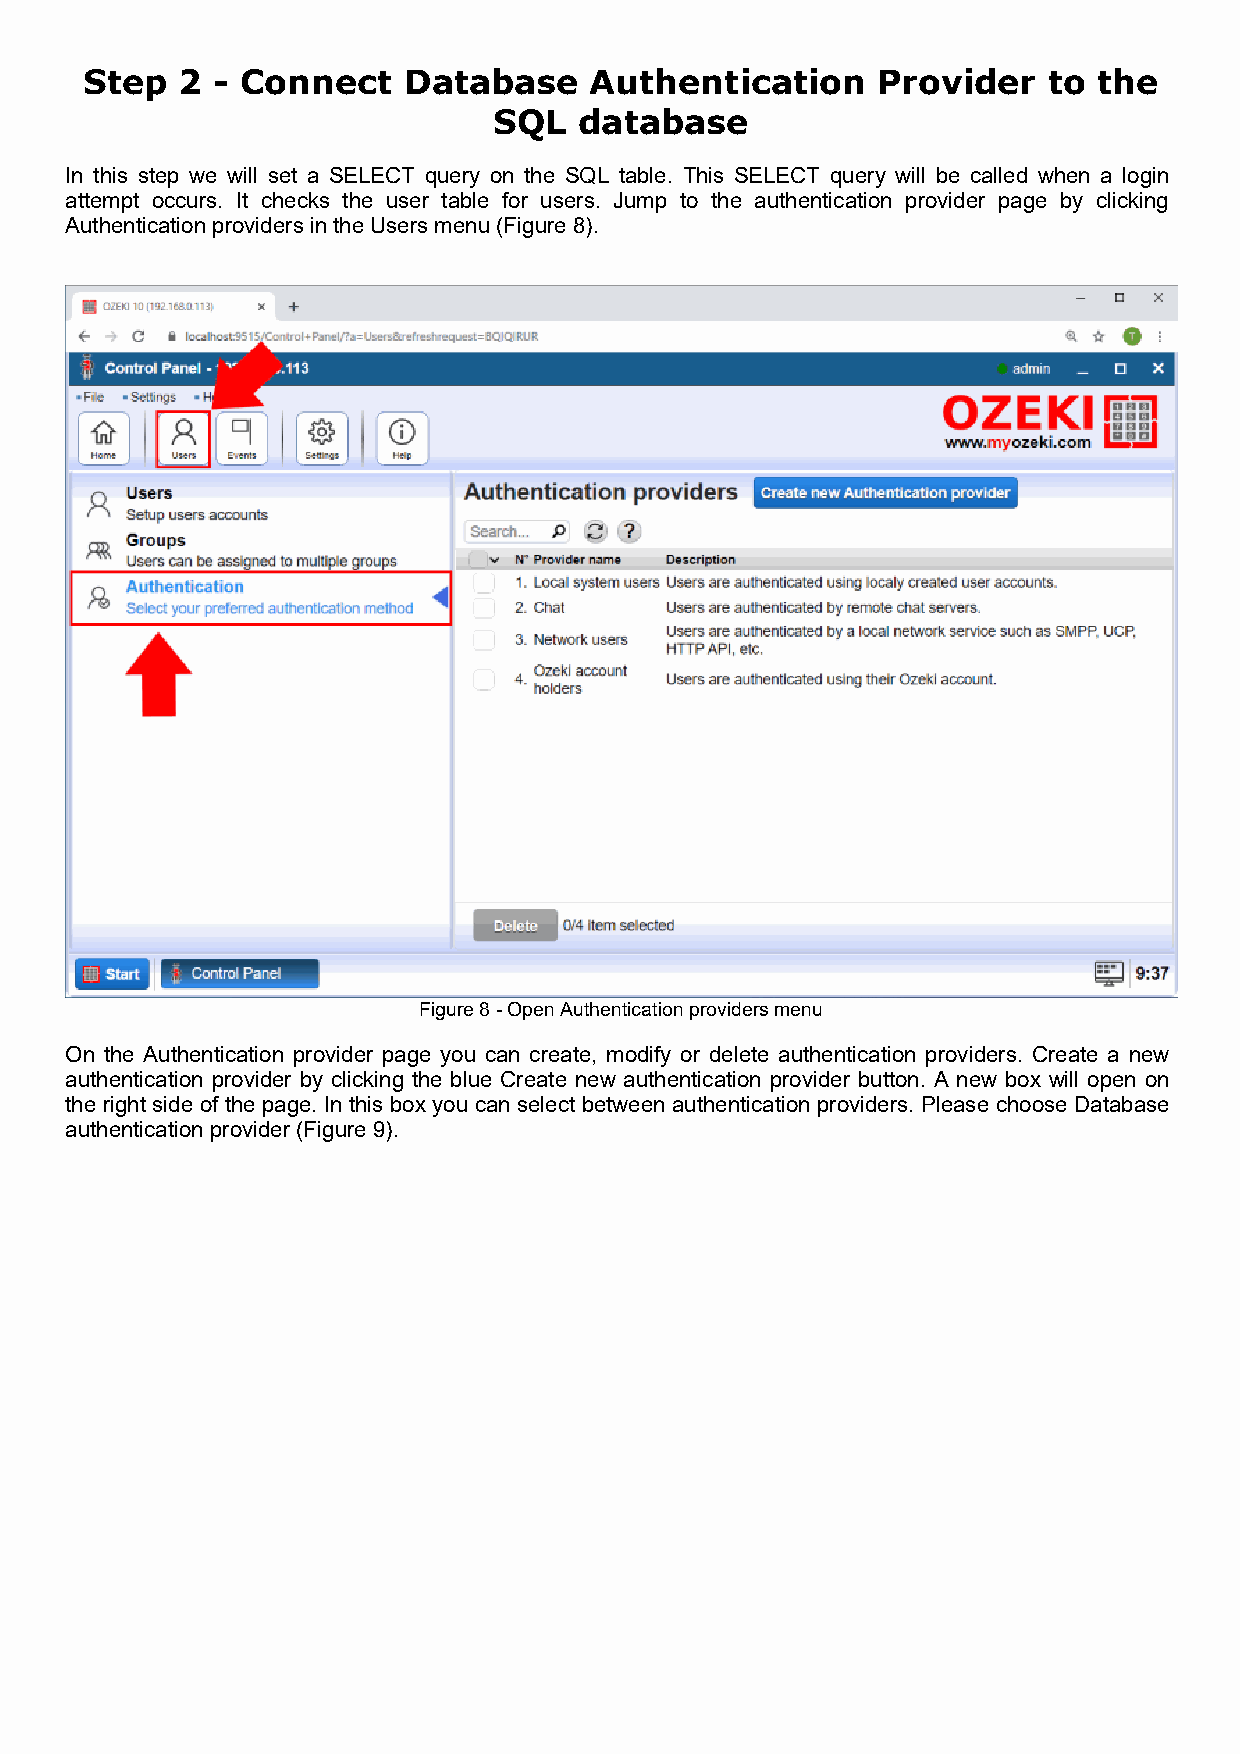
Step   2 - Connect    Database    Authentication     Provider   to  the
 SQL  database
 In this step we will set a SELECT query on the SQL table. This SELECT query will be called when a login
 attempt occurs. It checks the user table for users. Jump to the authentication provider page by clicking
 Authentication providers in the Users menu (Figure 8).
 Figure 8 - Open Authentication providers menu
 On the Authentication provider page you can create, modify or delete authentication providers. Create a new
 authentication provider by clicking the blue Create new authentication provider button. A new box will open on
 the right side of the page. In this box you can select between authentication providers. Please choose Database
 authentication provider (Figure 9).